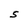
Character: S